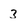
Character: 3